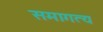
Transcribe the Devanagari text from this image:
समागत्य